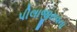
પીલાજીરાવના